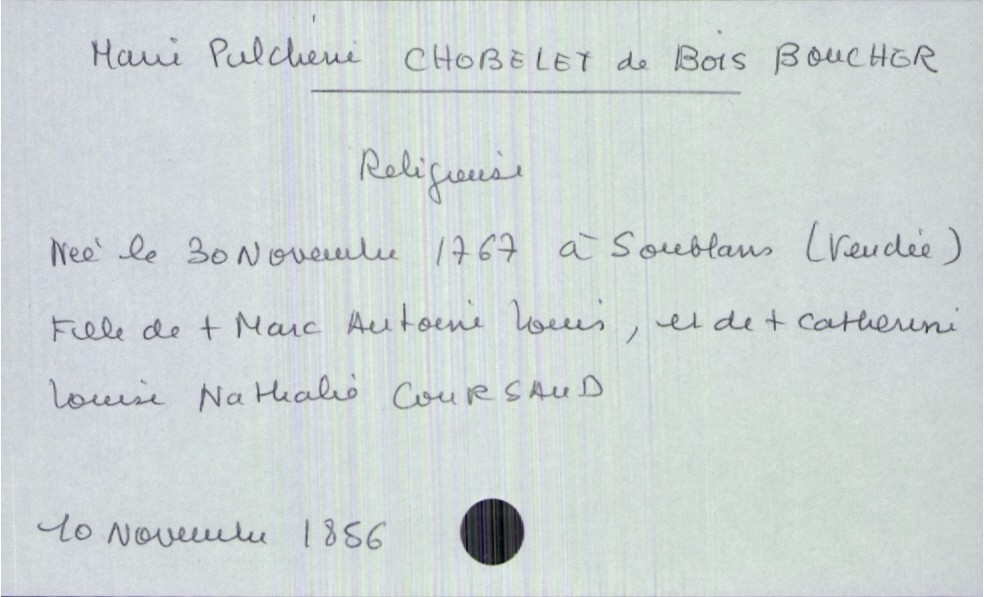
type_acte: Décès
année: 1856
mois: novembre
jour: 10
défunt_nom: Chobelet de Bois Boucher
défunt_prénom: Marie Pulchérie
défunt_sexe: F
défunt_profession: religieuse
défunt_date_de_naissance: 30 novembre 1767
défunt_lieu_de_naissance: Soublans (Vendée)
père_défunt_nom: Chobelet de Bois Boucher
père_défunt_prénom: Marc Antoine Louis
père_défunt_statut: décédé
mère_défunt_nom: Coursaud
mère_défunt_prénom: Catherine Louise Nathalie